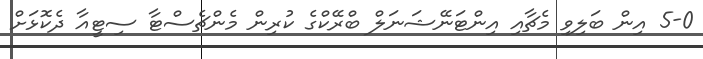
5-0 އިން ބަލިވި މެޗާއި އިންޓަނޭޝަނަލް ބްރޭކްގެ ކުރިން މެންޗެސްޓާ ސިޓީއާ ދެކޮޅަށް